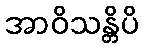
အာဝိသန္တိပိ